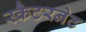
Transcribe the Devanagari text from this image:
स्कैटरनेट